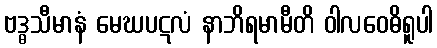
ဗဒ္ဓသီမာနံ မေဃပဋလံ နာဘိရမာမီတိ ဝါလဝေဓိရူပါ